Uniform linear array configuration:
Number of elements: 8
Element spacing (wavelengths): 0.5
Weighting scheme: binomial
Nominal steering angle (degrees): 60
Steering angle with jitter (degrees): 59.633
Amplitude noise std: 0.05
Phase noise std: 0.05

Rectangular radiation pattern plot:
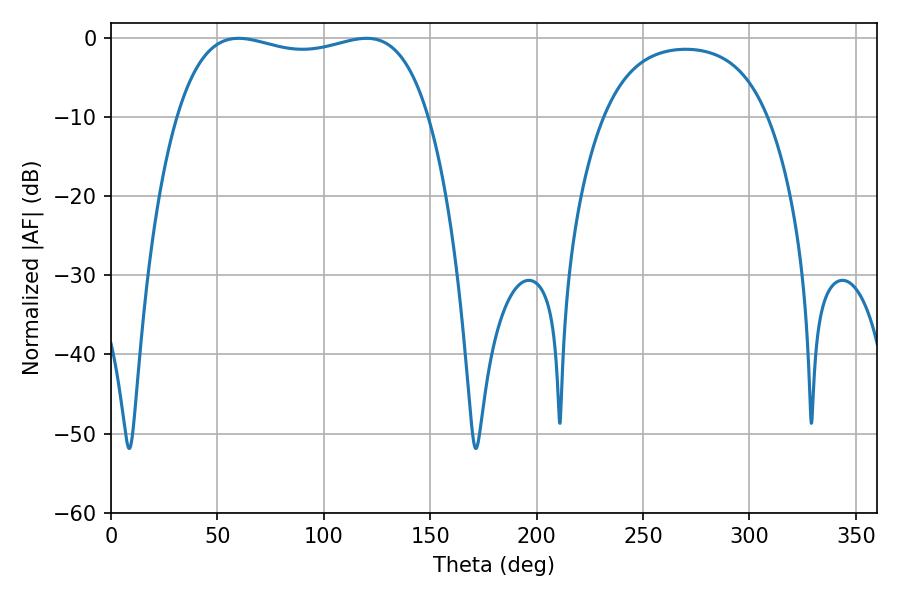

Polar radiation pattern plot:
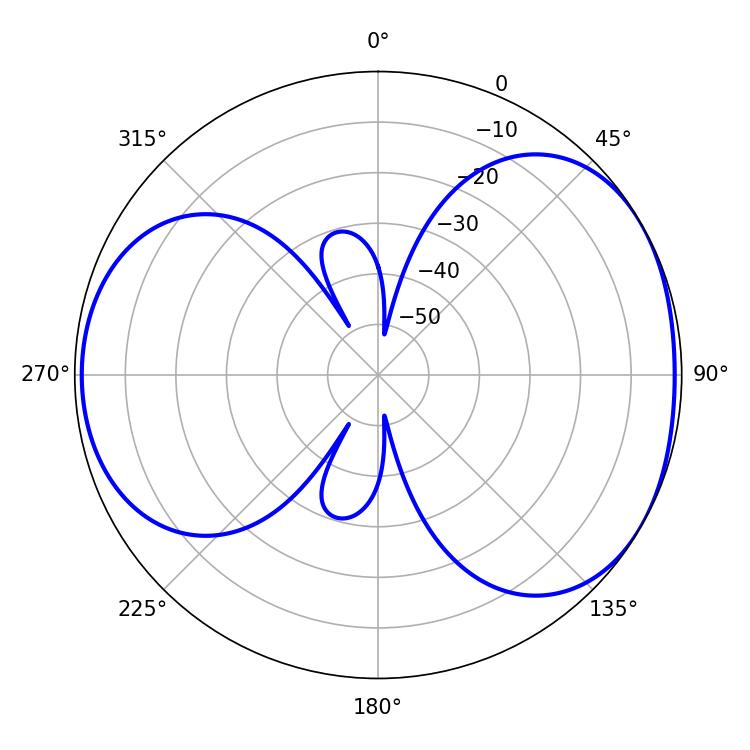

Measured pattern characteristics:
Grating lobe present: FALSE
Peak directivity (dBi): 4.587
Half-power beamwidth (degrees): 96.12
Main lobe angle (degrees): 59.94